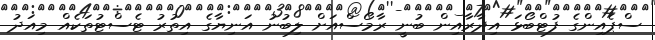
ސްޕެއިންގެ ފުޓްބޯޅަ އިދާރާއިން ބުނީ ރާމޯސްއަށް ލިބުނު އަނިޔާގެ އިތުރު ޓެސްޓުތަކެއް މިއަދު